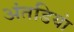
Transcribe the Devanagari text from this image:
अंतडियां